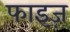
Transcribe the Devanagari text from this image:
फाइज़